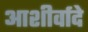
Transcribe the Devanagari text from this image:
आशीर्वादे